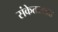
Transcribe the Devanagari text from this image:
संकेतस्‍थळ